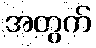
အတွက်